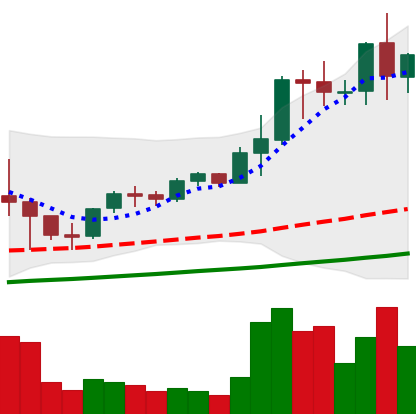
Ticker: LTC-USD
Chart end date: 2021-05-11
Forward return: -21.4%
Label: down_7plus